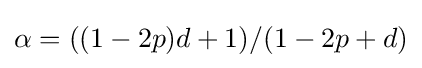
\alpha =((1-2p)d+1)/(1-2p+d)